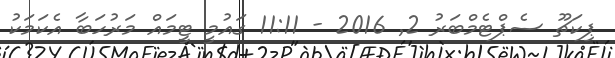
ޕިކަޗޫ ސެޕްޓެމްބަރު 2